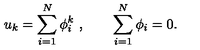
u _ { k } = \sum _ { i = 1 } ^ { N } \phi _ { i } ^ { k } \ , \qquad \sum _ { i = 1 } ^ { N } \phi _ { i } = 0 .